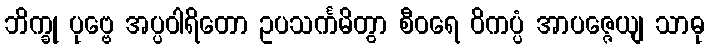
ဘိက္ခု ပုဗ္ဗေ အပ္ပဝါရိတော ဥပသင်္ကမိတွာ စီဝရေ ဝိကပ္ပံ အာပဇ္ဇေယျ သာဓု